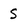
Character: 5